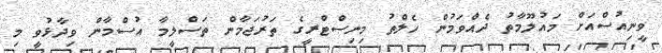
ވީނިއުސްއަށް މައުލޫމާތު ދެއްވަމުން ހެލްތު މިނިސްޓްރީގެ ތަރުޖަމާން ތަސްލީމާ އުސްމާން ވިދާޅުވީ މި